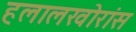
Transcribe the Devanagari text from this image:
हलालखोरांस